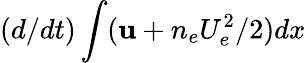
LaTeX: (d/dt)\int(\mathbf{u}+n_{e}U_{e}^{2}/2)dx